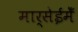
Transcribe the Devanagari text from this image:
मार्सेईमेँ